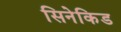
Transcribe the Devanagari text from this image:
सिनेकिड